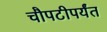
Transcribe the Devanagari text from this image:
चौपटीपर्यंत